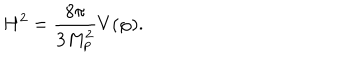
H ^ { 2 } = \frac { 8 \pi } { 3 M _ { p } ^ { 2 } } V ( \varphi ) .